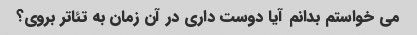
می خواستم بدانم آیا دوست داری در آن زمان به تئاتر بروی؟